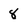
Character: 8